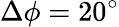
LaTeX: \Delta\phi=20^{\circ}